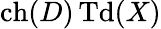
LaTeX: \operatorname{ch}(D)\operatorname{Td}(X)